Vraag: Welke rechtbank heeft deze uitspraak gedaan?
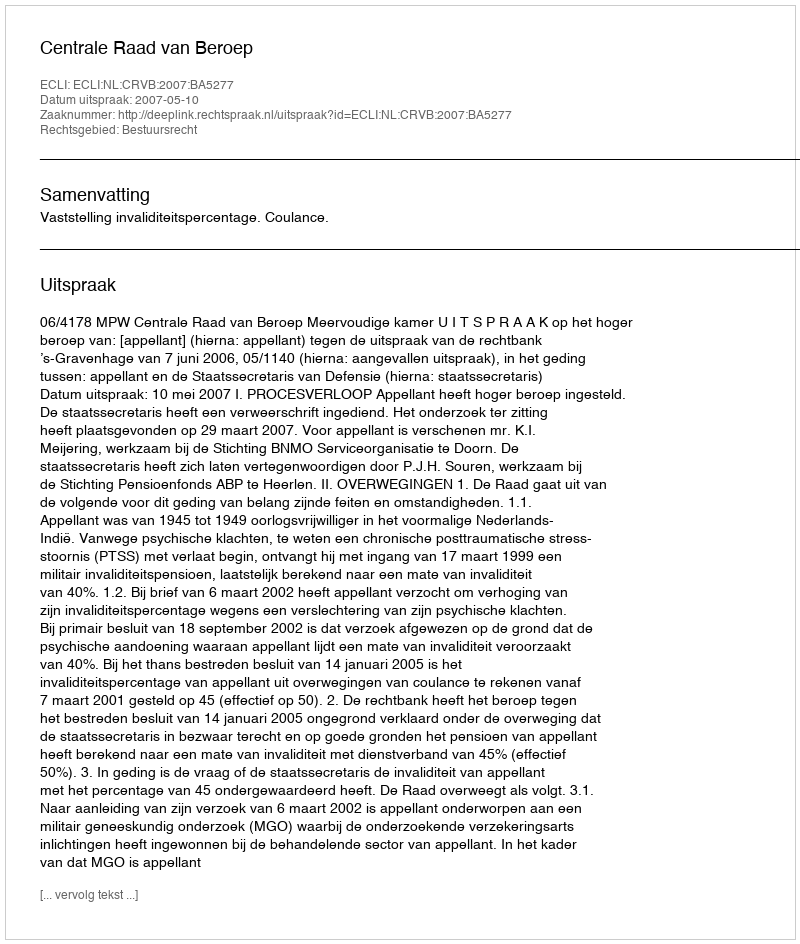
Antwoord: Centrale Raad van Beroep